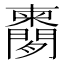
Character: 𬮔